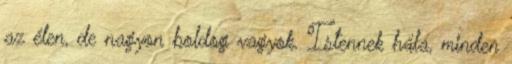
az élen, de nagyon boldog vagyok. Istennek hála, minden